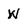
Character: w